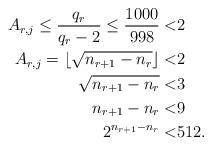
LaTeX: \begin{align*} A_{r,j} \leq \frac{q_r}{q_r - 2} \leq \frac{1000}{998} <&2\\ A_{r,j}=\lfloor \sqrt{n_{r+1} - n_r} \rfloor <& 2\\ \sqrt{n_{r+1} - n_r} <& 3\\ n_{r+1} - n_r <& 9\\ 2^{n_{r+1} - n_r} <& 512.\end{align*}